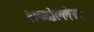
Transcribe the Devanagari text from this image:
शब्दोल्लेख